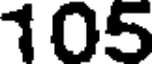
105